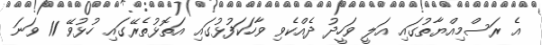
އެ ރަސްމިއްޔާތުގައި އަލީ ވަހީދު ދެއްކެވި ވާހަކަފުޅުގައި އަތޮޅުތެރޭގައި ހުޅުވޭ 11 ވަނަ